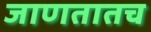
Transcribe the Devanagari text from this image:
जाणतातच